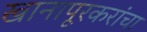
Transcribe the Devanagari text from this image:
खानापूरकरांचा